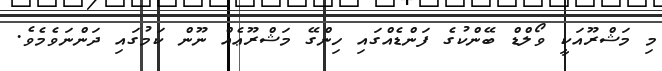
މި މަޝްރޫއަކީ ވޯލްޑް ބޭންކުގެ ފަންޑެއްގައި ހިންގޭ މަޝްރޫޢެއް ނޫން ކަމުގައި ދަންނަވެމެވެ.